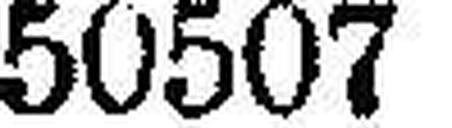
50507